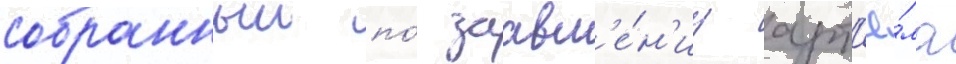
собранныи по́ заавл'е́н'иу арт'ё́ма